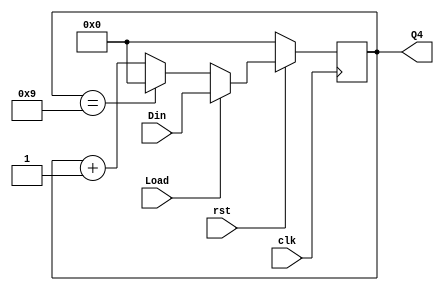
module dff_1 (clk, Din, Load, Q4, rst);
input clk, Load ,rst;
input [3:0] Din;
output [3:0] Q4;
reg [3:0]Q4;

always@ (posedge clk)
  if(!rst)
    	Q4=0;
	else if (Load) begin
    	Q4 = Din;
	end
	else if(Q4==9)
		Q4 = 0;
	else Q4 = Q4+1;
endmodule